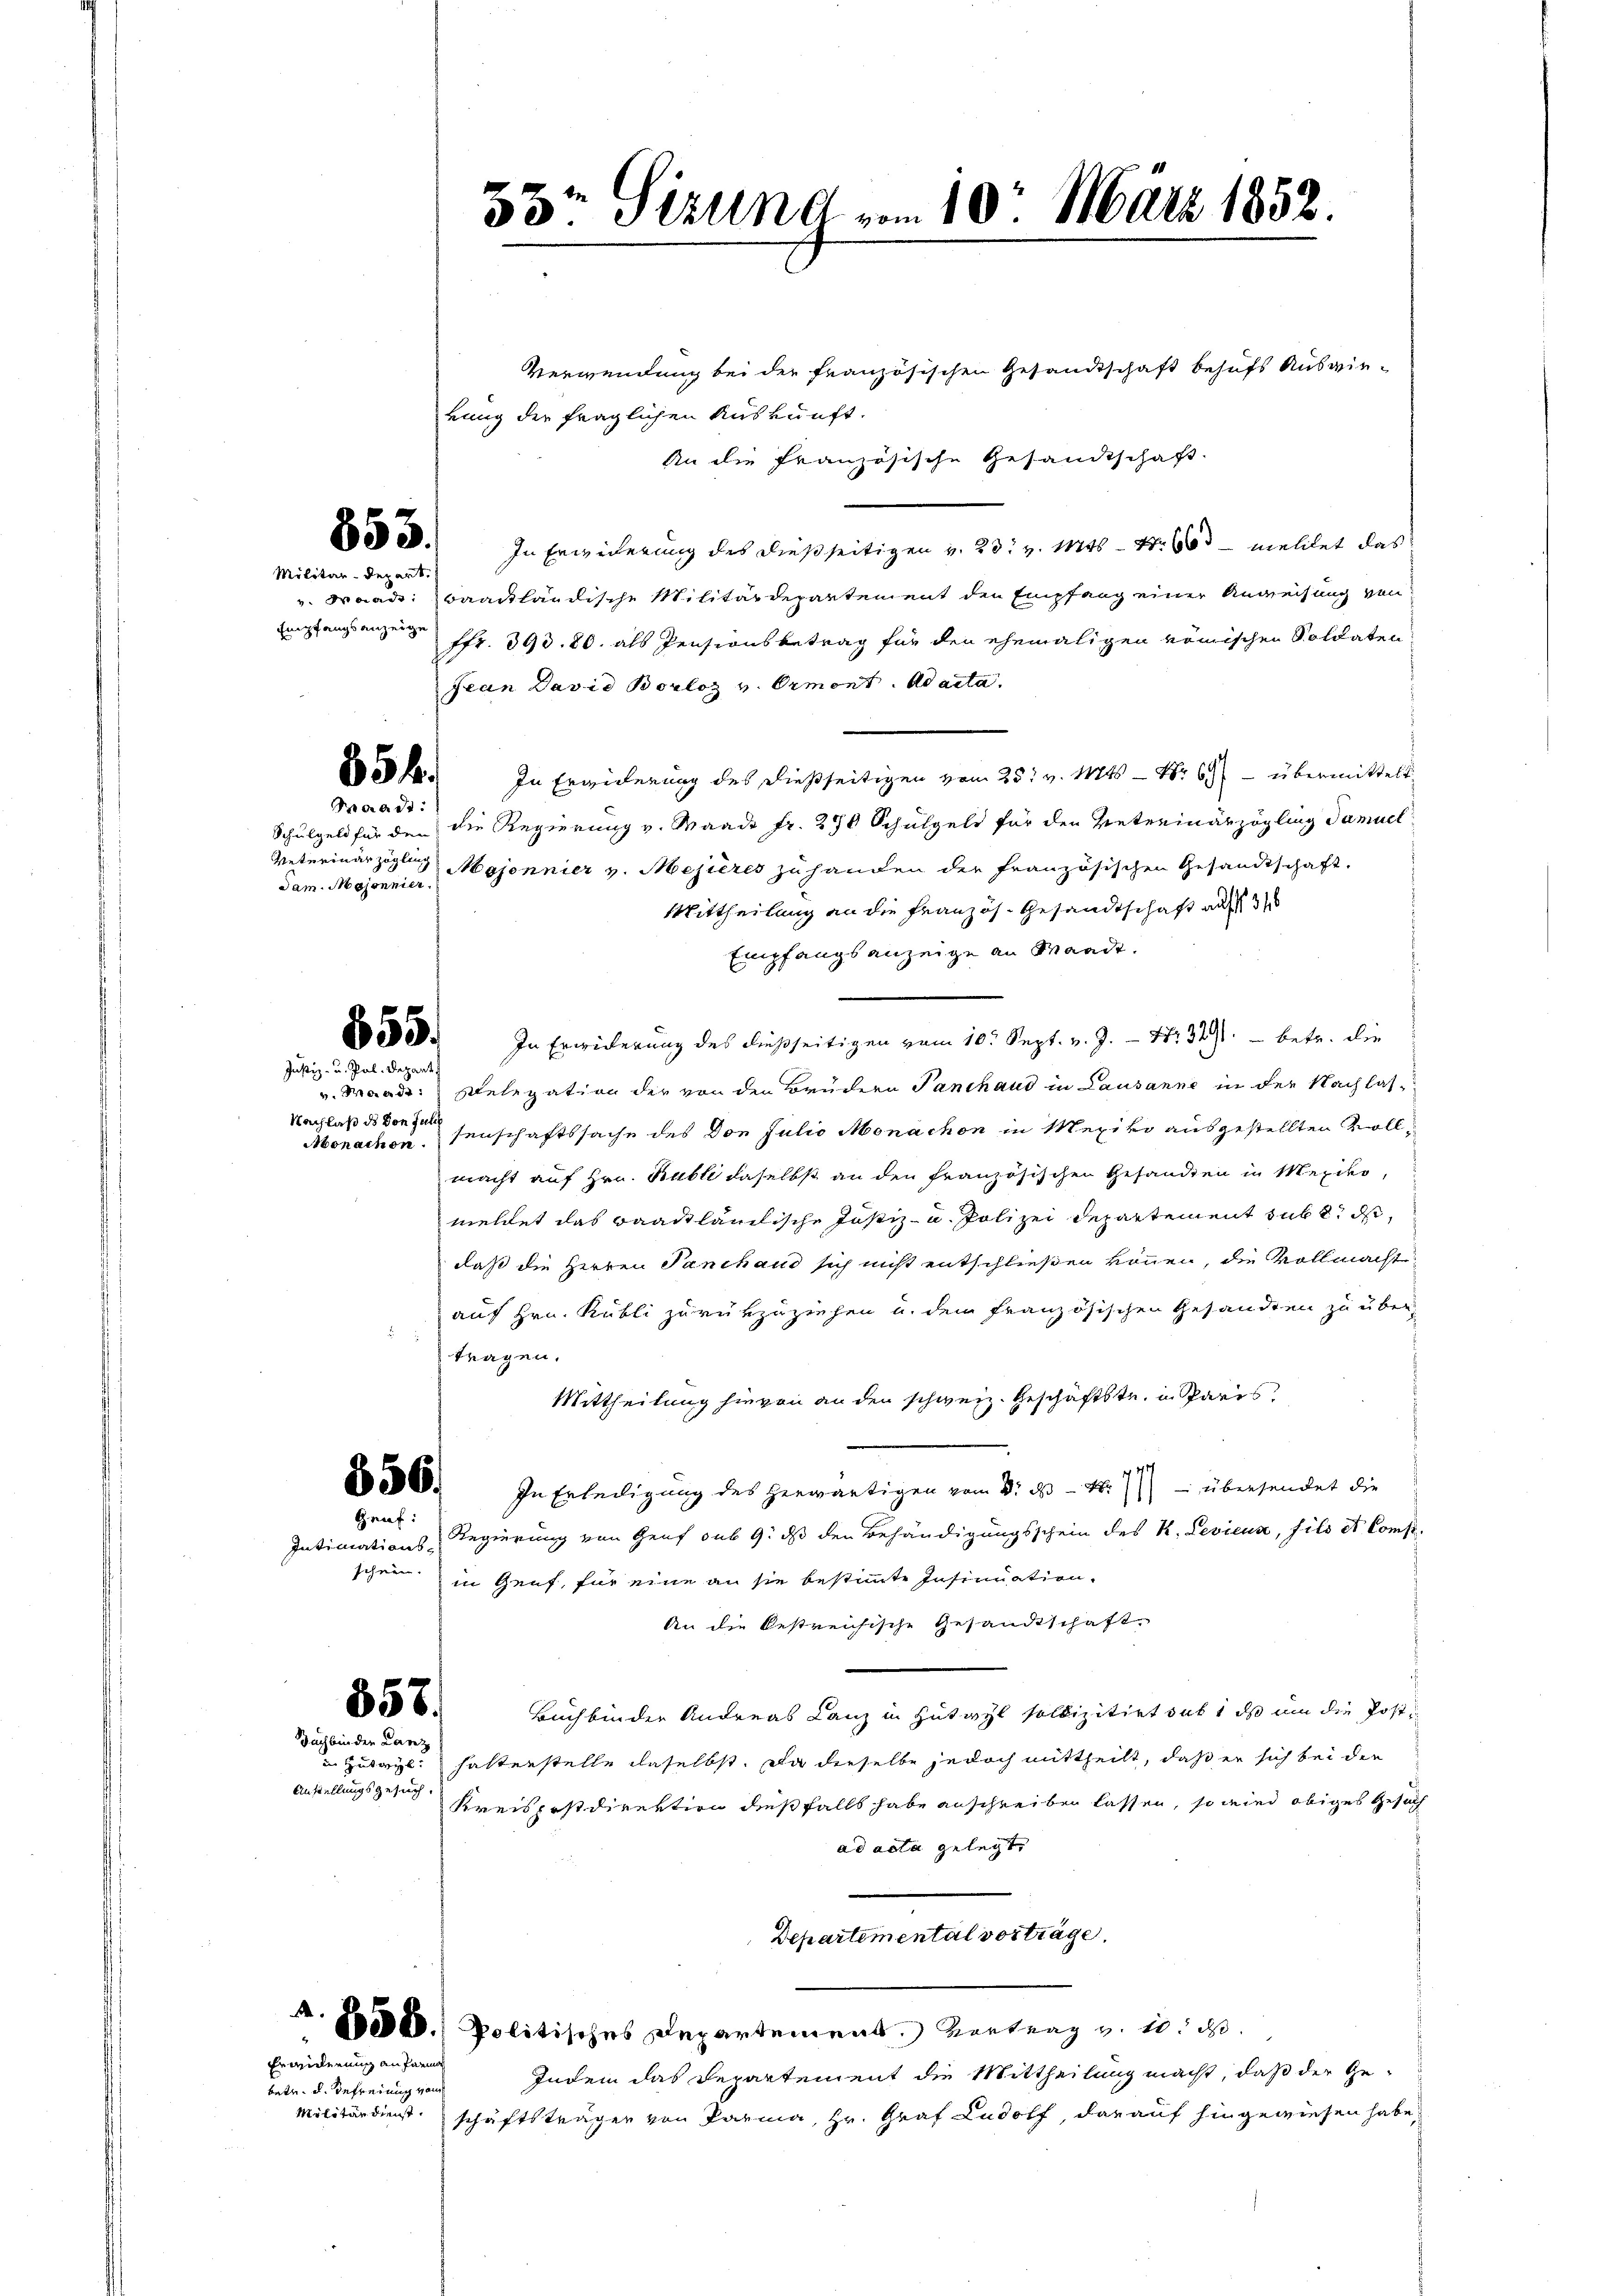
853.

Militär-Depart.

Waadt:
dam. Mojonnier.

Verwendung bei der französischen Gesandtschaft behufs Auswierung der fraglichen Auskunft.
An die französische Gesandtschaft.
In Erwiderung des dießseitigen v. 23. v. Mts. Nr. 60 - meldet das
v. Baade baackländische Militärdepartement den Empfang einer Anweisung von
Empfangsanzen Fr. 393. 80. als Pensionsbetrag für den ehemaligen römischen Soldaten
Jean David Borloz v. Ormont. ad acta.
85 f. In Ergierung des dießseitigen vom 28. v. 1424 - Nr 69 - übermittelt.
Schulgeld für den die Regierung v. Waadt fr. 270 Schulgeld für den Vetreinarzögling Samuel
Veterinärzöglung Majennier v. Mejières zuhanden der französischen Gesandtschaft.
Mittheilung an die Französ. Gesandtschaft auf
Empfangsanzeige an Waadt.
In Erwiderung des dießseitigen vom 10. Sept. v. J. - Nr. 319 betr. die
Delegation der von den Brüdern Panchaud in Lausanne in der Nachlassenschaftssache des Don Julio Monachen in Mexivo ausgestellten Vollmacht auf Hrn. Rable daselbst an den französischen Gesandten in Mexiko,
meldet das Baadtländische Justiz- u. Polizei Departement subt, d
daß die Herren Panchand sich nicht entschließen können, die Vollmacht
auf Hrn. Kubli zurükzuziehen u. dem französischen Gesandten zu über
tragen.
Mittheilung hievon an den schweiz. Geschäftste, in Paris,
In Erledigung des herwärtigen vom 3. d. M.) übersendet die
Intimations-Regierung von Genf sub 9. ds den Behändigungsschein des K. Levicus, fils et Comp
schein in Genf, für eine an sie bestimmte Insinuation.
An die bestreichische Gesandtschaft
Buchbinder Andreas Lanz in Zutayl sollizitirt dikt ds um die Postin Zubayl: halterstelle daselbst. Da dieselbe jedoch mittheilt, daß er sich bei der
Kreispostdirektion dießfalls habe anschreiben lassen, so wied obiges Gesuch
ad acta gelegt.
Departemental vorträge.
A. 880000. Politisches Departement. Vortrag v. 10. ds.
Indem das Departement die Mittheilung macht, daß der Ge-
Militärdienst schäftsträger von Parma, Hr. Graf Rudolf, darauf hingewiesen habe.

655.

Justiz- u. Pal. Depart
v. Berede:
Nachlaß des von Juli
Abonachen.

556.
Geuf:

357.
Dachbinden Lanz

Anstellungsgesuch

Erwinderung an Parma
bete, d. Befreiung vom

x
30. Stund vom 10. März 1852.